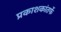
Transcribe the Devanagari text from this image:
प्रकाशकांतर्फे